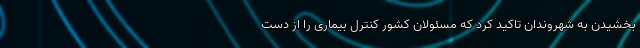
بخشیدن به شهروندان تاکید کرد که مسئولان کشور کنترل بیماری را از دست